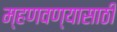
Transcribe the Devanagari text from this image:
म्हणवण्यासाठी